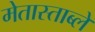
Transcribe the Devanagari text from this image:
मेतास्ताब्ले